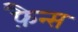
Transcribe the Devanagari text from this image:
फ़ैन्स